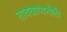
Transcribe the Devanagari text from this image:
तावन्नाप्यनोती